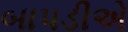
બાપડીએ